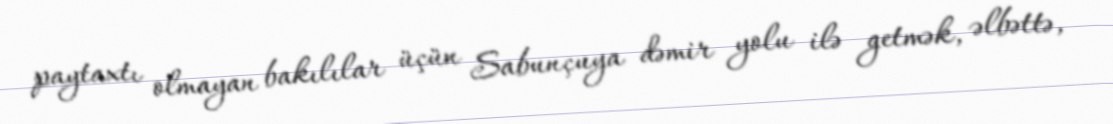
paytaxtı olmayan bakılılar üçün Sabunçuya dəmir yolu ilə getmək, əlbəttə,